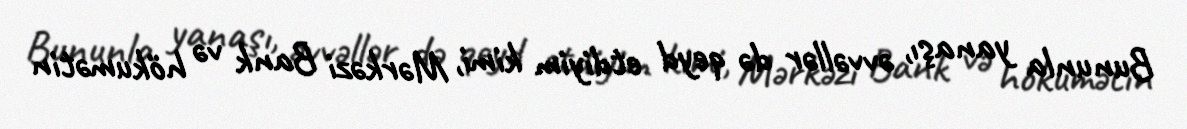
Bununla yanaşı, əvvəllər də qeyd etdiyim kimi, Mərkəzi Bank və hökumətin